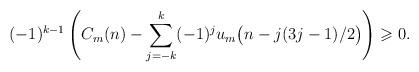
LaTeX: \begin{align*}& (-1)^{k-1} \left( C_m(n) - \sum_{j=-k}^k (-1)^j u_m\big(n-j(3j-1)/2\big) \right) \geqslant 0.\end{align*}